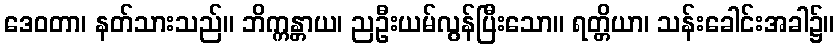
ဒေဝတာ၊ နတ်သားသည်။ ဘိက္ကန္တာယ၊ ညဦးယမ်လွန်ပြီးသော။ ရတ္တိယာ၊ သန်းခေါင်းအခါ၌။